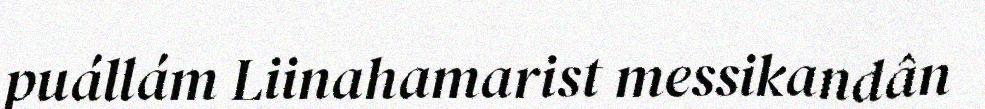
puállám Liinahamarist messikandân